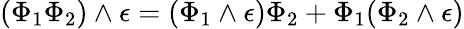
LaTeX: (\Phi_{1}\Phi_{2})\wedge\epsilon=(\Phi_{1}\wedge\epsilon)\Phi_{2}+\Phi_{1}(\Phi_{2}\wedge\epsilon)